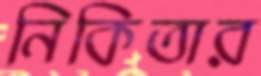
নিকিতার